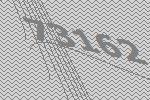
73162